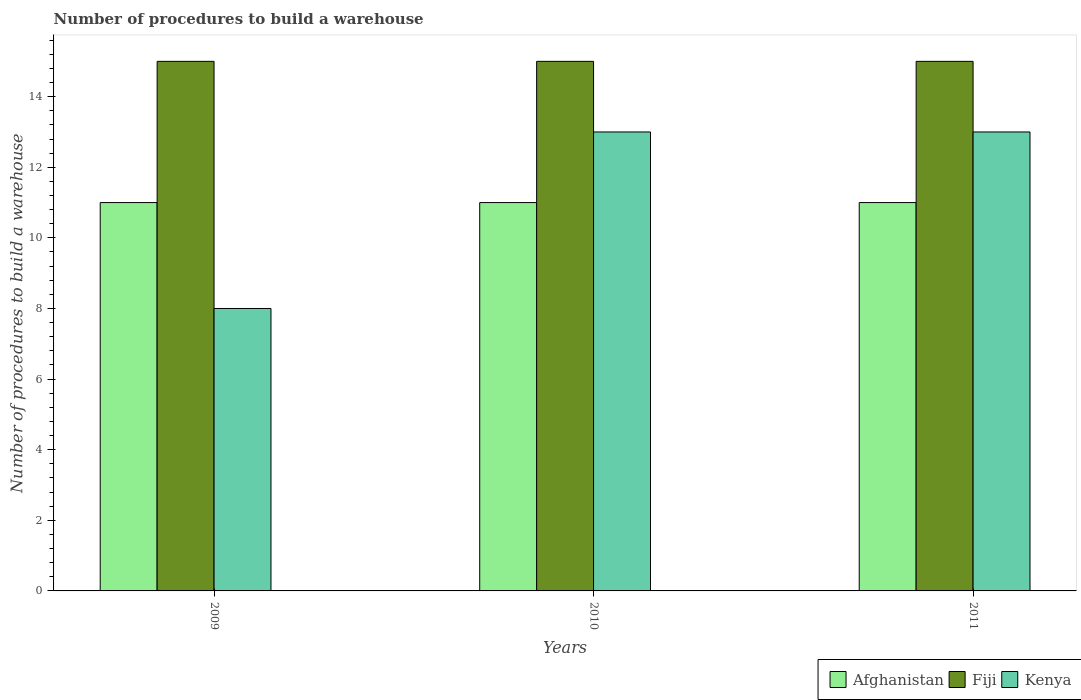
| Years | Afghanistan | Fiji | Kenya |
 | --- | --- | --- | --- |
 | 2009 | 11 | 15 | 8 |
 | 2010 | 11 | 15 | 13 |
 | 2011 | 11 | 15 | 13 |